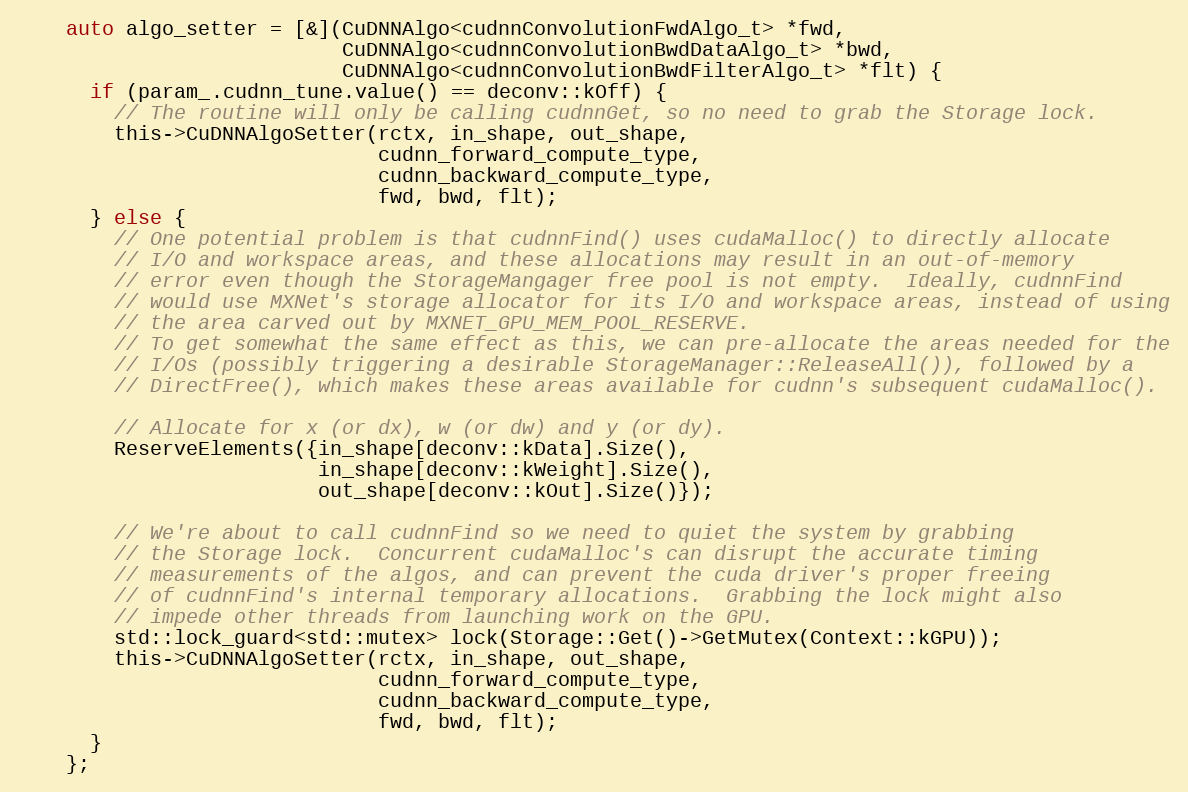
Language: C
    auto algo_setter = [&](CuDNNAlgo<cudnnConvolutionFwdAlgo_t> *fwd,
                           CuDNNAlgo<cudnnConvolutionBwdDataAlgo_t> *bwd,
                           CuDNNAlgo<cudnnConvolutionBwdFilterAlgo_t> *flt) {
      if (param_.cudnn_tune.value() == deconv::kOff) {
        // The routine will only be calling cudnnGet, so no need to grab the Storage lock.
        this->CuDNNAlgoSetter(rctx, in_shape, out_shape,
                              cudnn_forward_compute_type,
                              cudnn_backward_compute_type,
                              fwd, bwd, flt);
      } else {
        // One potential problem is that cudnnFind() uses cudaMalloc() to directly allocate
        // I/O and workspace areas, and these allocations may result in an out-of-memory
        // error even though the StorageMangager free pool is not empty.  Ideally, cudnnFind
        // would use MXNet's storage allocator for its I/O and workspace areas, instead of using
        // the area carved out by MXNET_GPU_MEM_POOL_RESERVE.
        // To get somewhat the same effect as this, we can pre-allocate the areas needed for the
        // I/Os (possibly triggering a desirable StorageManager::ReleaseAll()), followed by a
        // DirectFree(), which makes these areas available for cudnn's subsequent cudaMalloc().

        // Allocate for x (or dx), w (or dw) and y (or dy).
        ReserveElements({in_shape[deconv::kData].Size(),
                         in_shape[deconv::kWeight].Size(),
                         out_shape[deconv::kOut].Size()});

        // We're about to call cudnnFind so we need to quiet the system by grabbing
        // the Storage lock.  Concurrent cudaMalloc's can disrupt the accurate timing
        // measurements of the algos, and can prevent the cuda driver's proper freeing
        // of cudnnFind's internal temporary allocations.  Grabbing the lock might also
        // impede other threads from launching work on the GPU.
        std::lock_guard<std::mutex> lock(Storage::Get()->GetMutex(Context::kGPU));
        this->CuDNNAlgoSetter(rctx, in_shape, out_shape,
                              cudnn_forward_compute_type,
                              cudnn_backward_compute_type,
                              fwd, bwd, flt);
      }
    };